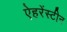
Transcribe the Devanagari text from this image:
ऐहरेंस्टीन